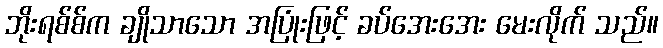
ဘိုးရစ်စ်က ချိုသာသော အပြုံးဖြင့် ခပ်အေးအေး မေးလိုက် သည်။